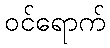
ဝင်ရောက်